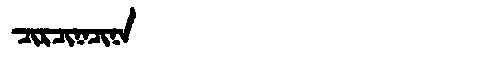
Manchu: ᠴᡳᡵᠴᡳᠨᠠᠴᡳᠨᠠ
Romanization: CIRCINACINA